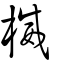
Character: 楲